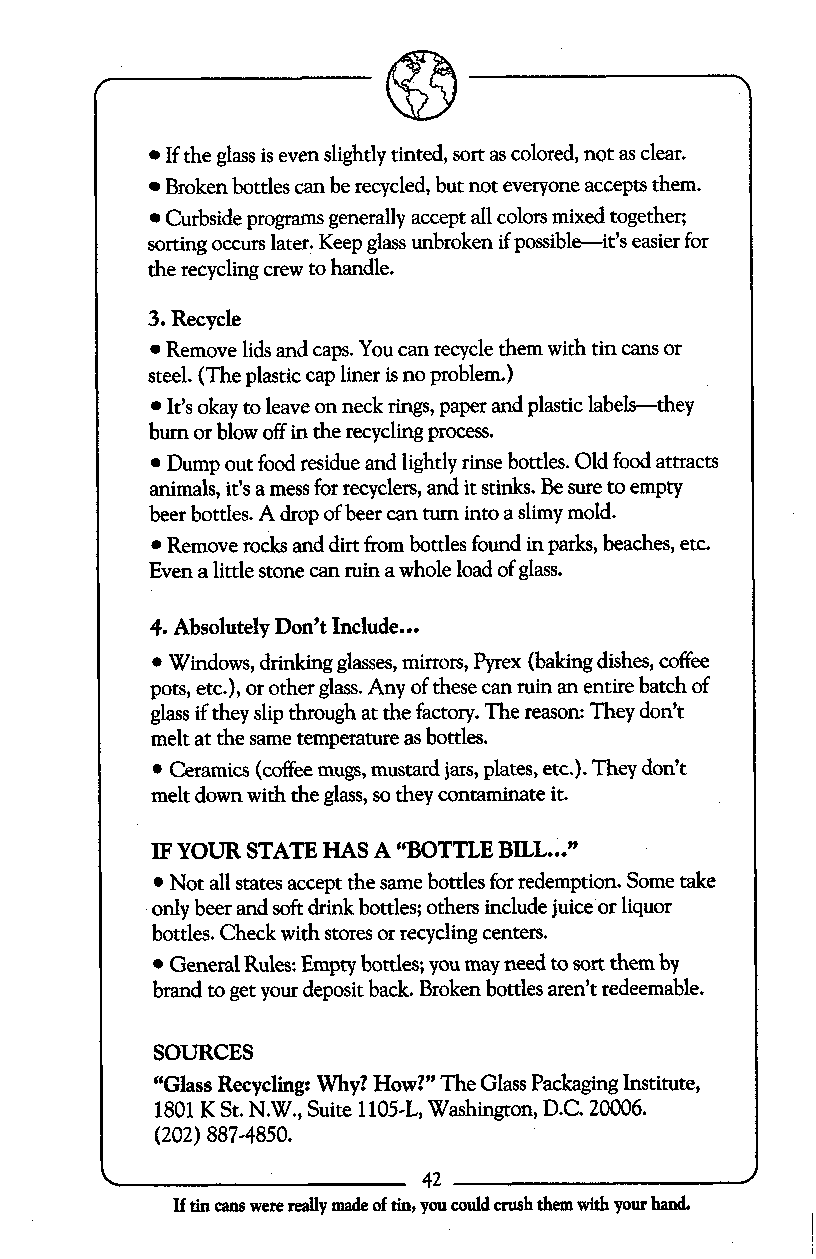
If the glass is even slightly tinted, sort as colored, not as clear.
 Broken bottles can be recycled, but not everyone accepts them.
 Curbside programs generally accept all colors mixed together;
 sorting occurs later. Keep glass unbroken if possible-it’s easier for
 the recycling crew to handle.
 3. Recycle
 Remove lids and caps. You can recycle them with tin cans or
 steel. (The plastic cap liner is no problem.)
 It’s okay to leave on neck rings, paper and plastic labels-they
 burn or blow off in the recycling process.
 Dump out food residue and lightly rinse bottles. Old food attracts
 animals, it’s a mess for recyclers, and it stinks. Be sure to empty
 beer bottles. A drop of beer can turn into a slimy mold.
 Remove rocks and dirt from bottles found in parks, beaches, etc.
 Even a little stone can ruin a whole load of glass.
 4. Absolutely Don’t Include...
 Windows, drinking glasses, mirrors, Pyrex (baking dishes, coffee
 pots, etc.), or other glass. Any of these can ruin an entire batch of
 glass if they slip through at the factory. The reason: They don’t
 melt at the same temperature as bottles.
 Ceramics (coffee mugs, mustard jars, plates, etc.). They don’t
 melt down with the glass, so they contaminate it.
 IF YOUR STATE HAS A “BOTTLE BILL...”
 Not all states accept the same bottles for redemption. Some take
 only beer and soft drink bottles; others include juice or liquor
 bottles. Check with stores or recycling centers.
 General Rules: Empty bottles; you may need to sort them by
 brand to get your deposit back. Broken bottles aren’t redeemable.
 SOURCES
 “Glass Recycling: Why? How?” The Glass Packaging Institute,
 1801 K St. N.W., Suite 1105-L, Washington, D.C. 20006.
 (202) 887-4850.
 ~
 If tin cans were really made oftin, you couldcrush them with yo~rhand